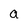
Character: a